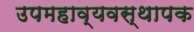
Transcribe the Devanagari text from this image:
उपमहाव्यवस्थापक